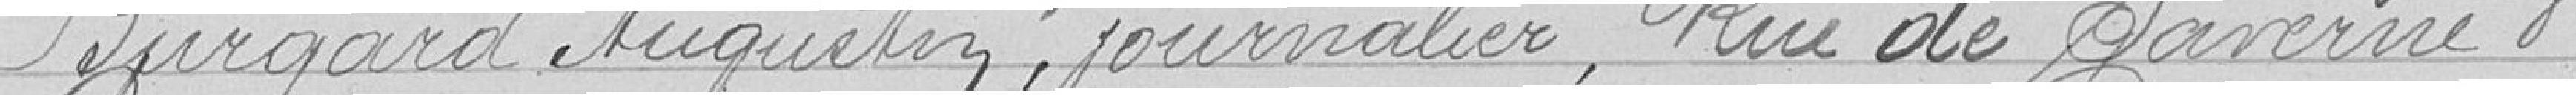
Burgard Augustin, journalier, Rue de Saverne 8